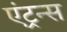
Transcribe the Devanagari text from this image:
एंट्रन्स